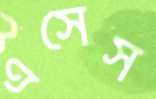
এসেস